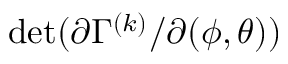
\operatorname* { d e t } ( \partial \Gamma ^ { ( k ) } / \partial ( \phi , \theta ) )